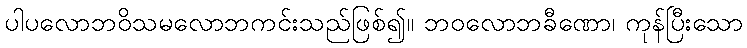
ပါပလောဘဝိသမလောဘကင်းသည်ဖြစ်၍။ ဘဝလောဘခီဏော၊ ကုန်ပြီးသော